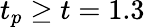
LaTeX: t_{p}\geq t=1.3